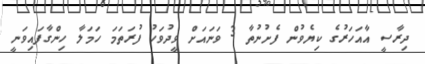
ދިރާސީ އާއަހަރުގެ ކިޔެވުން ފެށުނުތާ 3 ވަނައަށް ވީދުވަހު ފުރަތަމަ ހަމަލާ ހިންގާފައިވަނީ